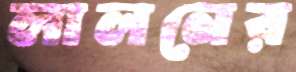
লালনের